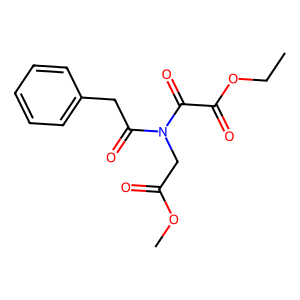
SMILES: CCOC(=O)C(=O)N(CC(=O)OC)C(=O)Cc1ccccc1
Inhibits HIV replication: Yes